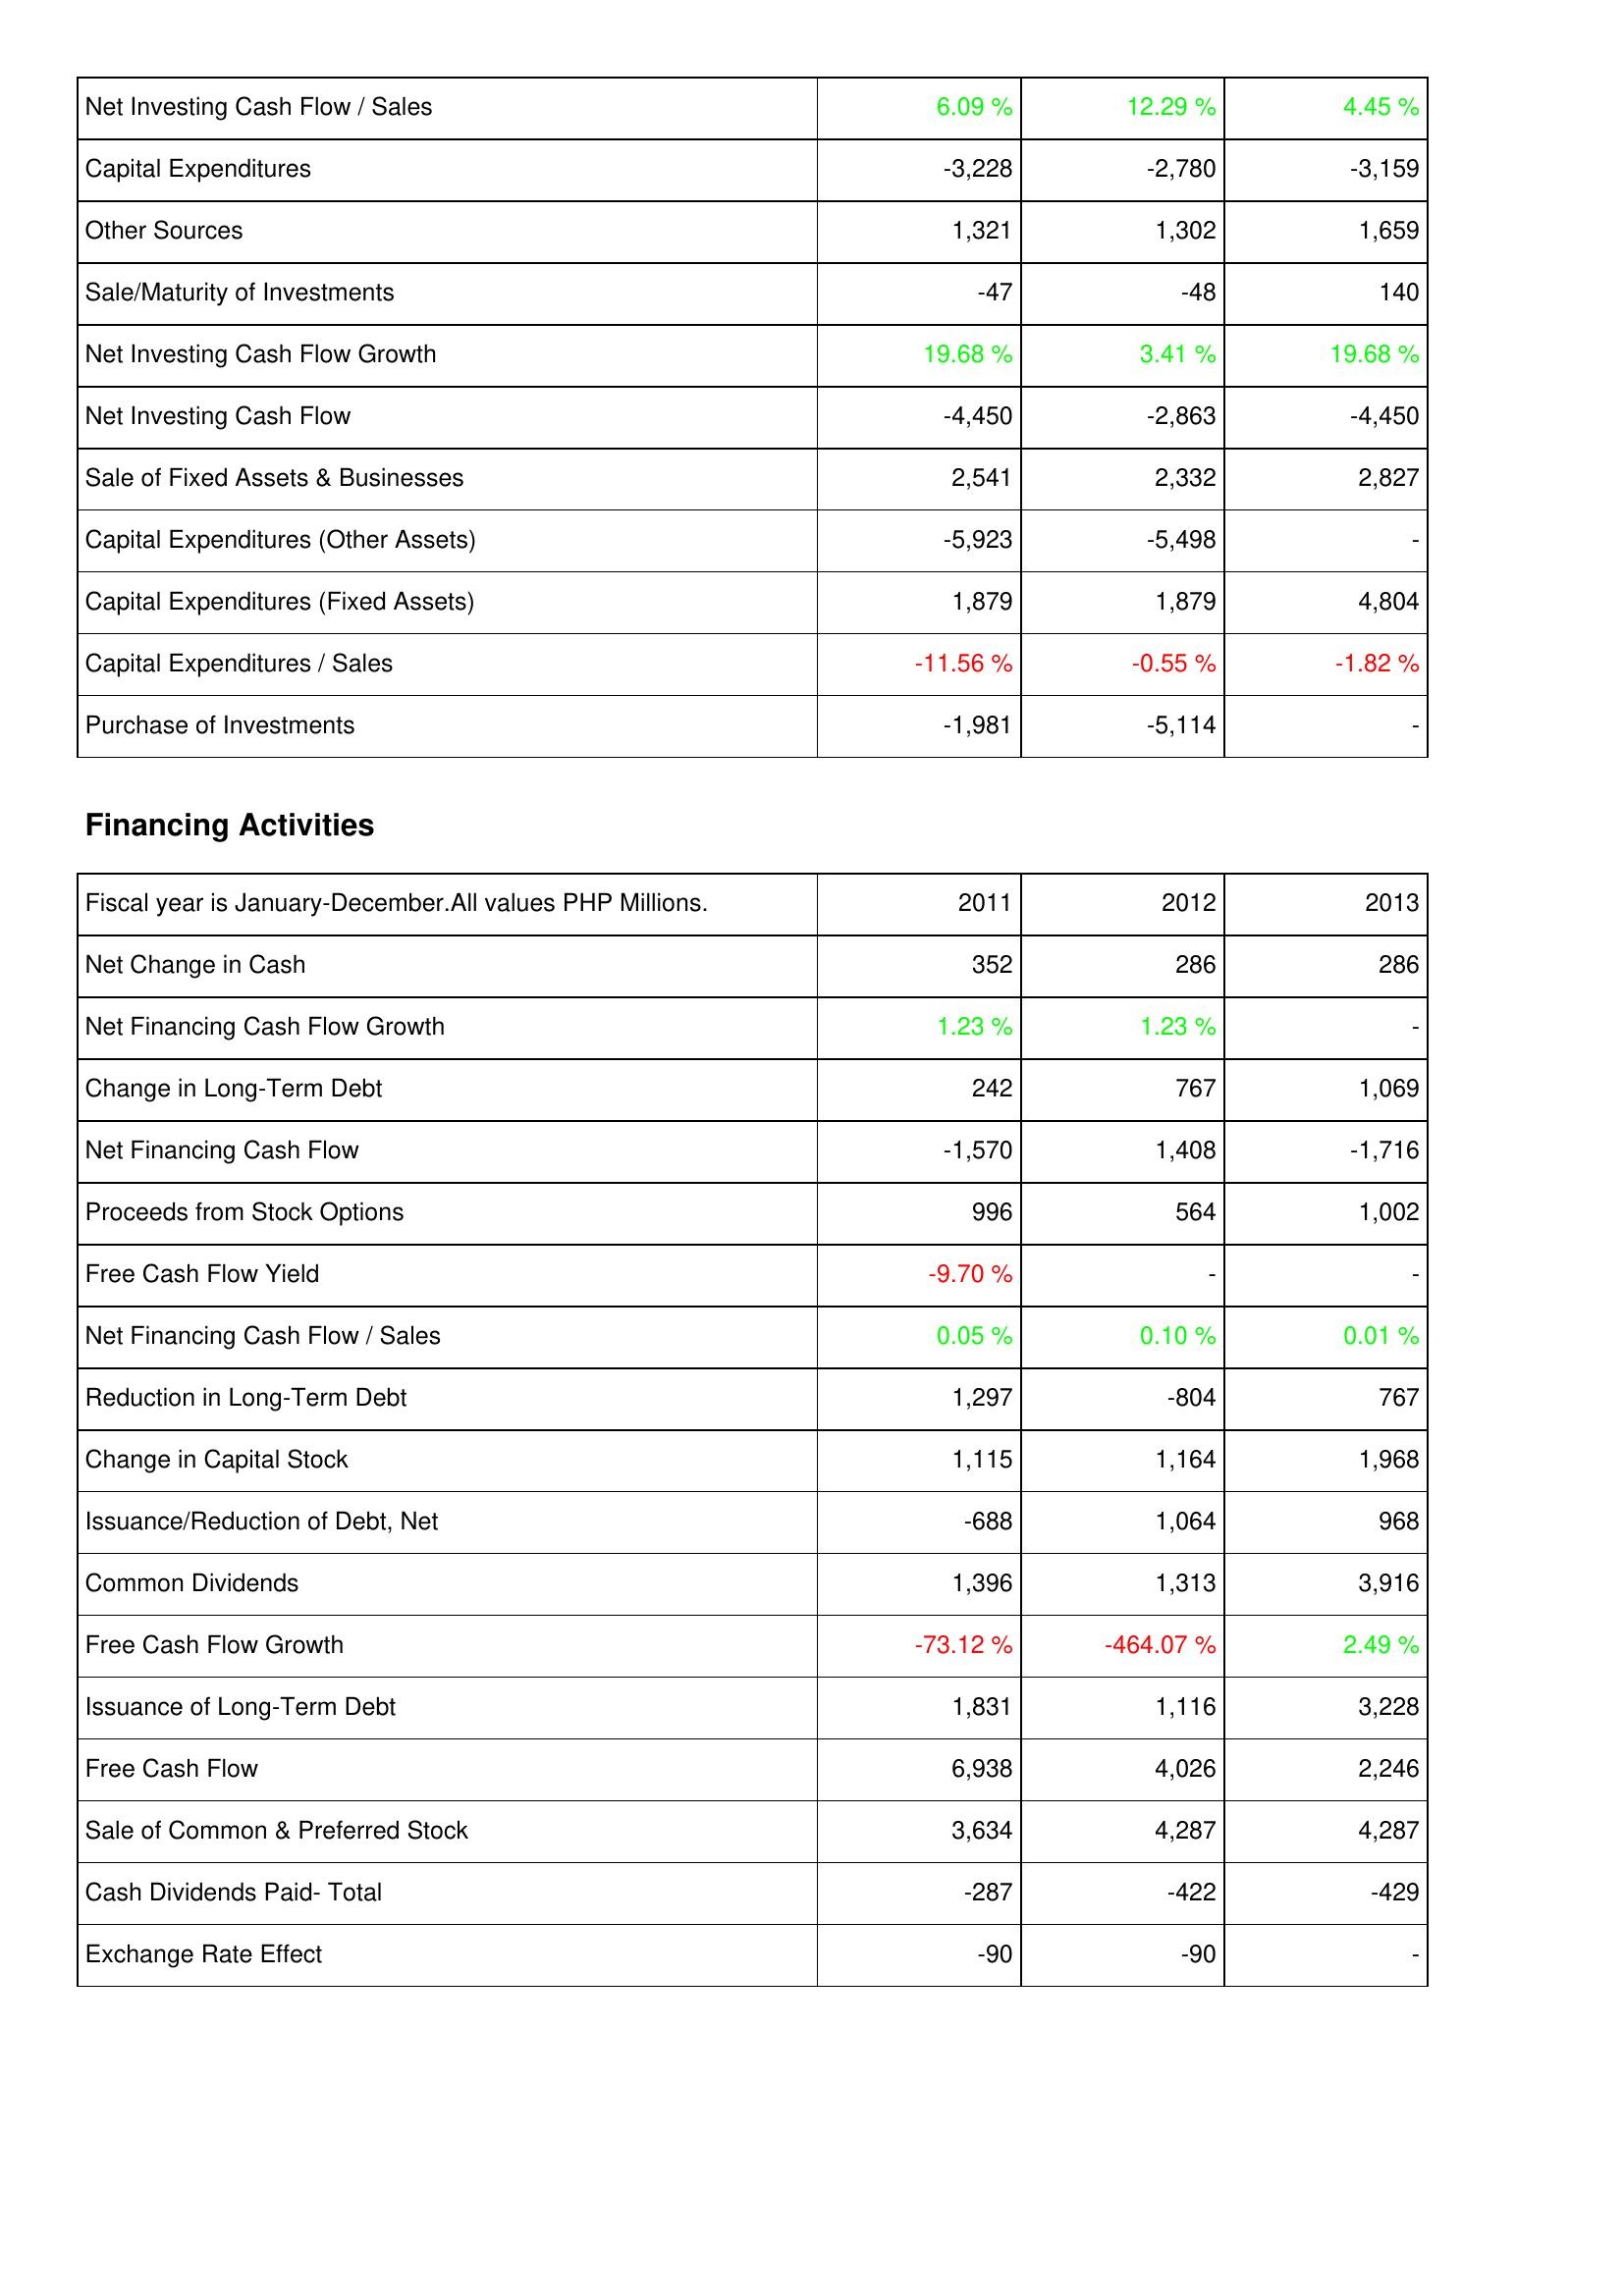
2011: Investing Activities: Net Investing Cash Flow / Sales: 6.09 %
Capital Expenditures: -3,228
Other Sources: 1,321
Sale/Maturity of Investments: -47
Net Investing Cash Flow Growth: 19.68 %
Net Investing Cash Flow: -4,450
Sale of Fixed Assets & Businesses: 2,541
Capital Expenditures (Other Assets): -5,923
Capital Expenditures (Fixed Assets): 1,879
Capital Expenditures / Sales: -11.56 %
Purchase of Investments: -1,981
Financing Activities: Net Change in Cash: 352
Net Financing Cash Flow Growth: 1.23 %
Change in Long-Term Debt: 242
Net Financing Cash Flow: -1,570
Proceeds from Stock Options: 996
Free Cash Flow Yield: -9.70 %
Net Financing Cash Flow / Sales: 0.05 %
Reduction in Long-Term Debt: 1,297
Change in Capital Stock: 1,115
Issuance/Reduction of Debt, Net: -688
Common Dividends: 1,396
Free Cash Flow Growth: -73.12 %
Issuance of Long-Term Debt: 1,831
Free Cash Flow: 6,938
Sale of Common & Preferred Stock: 3,634
Cash Dividends Paid- Total: -287
Exchange Rate Effect: -90
2012: Investing Activities: Net Investing Cash Flow / Sales: 12.29 %
Capital Expenditures: -2,780
Other Sources: 1,302
Sale/Maturity of Investments: -48
Net Investing Cash Flow Growth: 3.41 %
Net Investing Cash Flow: -2,863
Sale of Fixed Assets & Businesses: 2,332
Capital Expenditures (Other Assets): -5,498
Capital Expenditures (Fixed Assets): 1,879
Capital Expenditures / Sales: -0.55 %
Purchase of Investments: -5,114
Financing Activities: Net Change in Cash: 286
Net Financing Cash Flow Growth: 1.23 %
Change in Long-Term Debt: 767
Net Financing Cash Flow: 1,408
Proceeds from Stock Options: 564
Free Cash Flow Yield: -
Net Financing Cash Flow / Sales: 0.10 %
Reduction in Long-Term Debt: -804
Change in Capital Stock: 1,164
Issuance/Reduction of Debt, Net: 1,064
Common Dividends: 1,313
Free Cash Flow Growth: -464.07 %
Issuance of Long-Term Debt: 1,116
Free Cash Flow: 4,026
Sale of Common & Preferred Stock: 4,287
Cash Dividends Paid- Total: -422
Exchange Rate Effect: -90
2013: Investing Activities: Net Investing Cash Flow / Sales: 4.45 %
Capital Expenditures: -3,159
Other Sources: 1,659
Sale/Maturity of Investments: 140
Net Investing Cash Flow Growth: 19.68 %
Net Investing Cash Flow: -4,450
Sale of Fixed Assets & Businesses: 2,827
Capital Expenditures (Other Assets): -
Capital Expenditures (Fixed Assets): 4,804
Capital Expenditures / Sales: -1.82 %
Purchase of Investments: -
Financing Activities: Net Change in Cash: 286
Net Financing Cash Flow Growth: -
Change in Long-Term Debt: 1,069
Net Financing Cash Flow: -1,716
Proceeds from Stock Options: 1,002
Free Cash Flow Yield: -
Net Financing Cash Flow / Sales: 0.01 %
Reduction in Long-Term Debt: 767
Change in Capital Stock: 1,968
Issuance/Reduction of Debt, Net: 968
Common Dividends: 3,916
Free Cash Flow Growth: 2.49 %
Issuance of Long-Term Debt: 3,228
Free Cash Flow: 2,246
Sale of Common & Preferred Stock: 4,287
Cash Dividends Paid- Total: -429
Exchange Rate Effect: -